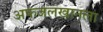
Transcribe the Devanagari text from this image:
अफजलखानला